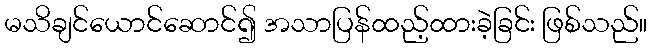
မသိချင်ယောင်ဆောင်၍ အသာပြန်ထည့်ထားခဲ့ခြင်း ဖြစ်သည်။